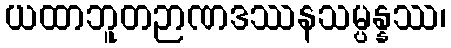
ယထာဘူတဉာဏဒဿနသမ္ပန္နဿ၊